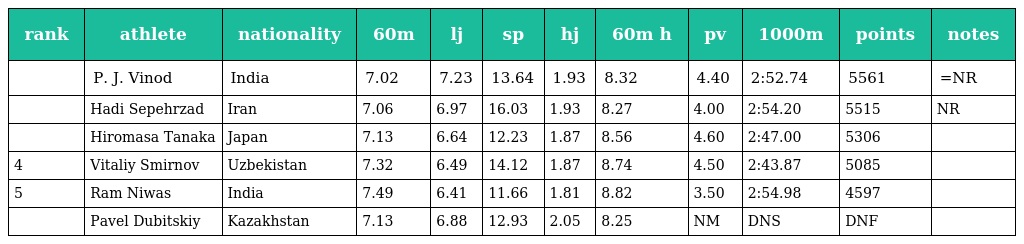
| rank | athlete | nationality | 60m | lj | sp | hj | 60m h | pv | 1000m | points | notes |
 | --- | --- | --- | --- | --- | --- | --- | --- | --- | --- | --- | --- |
 |  | P. J. Vinod | India | 7.02 | 7.23 | 13.64 | 1.93 | 8.32 | 4.40 | 2:52.74 | 5561 | =NR |
 |  | Hadi Sepehrzad | Iran | 7.06 | 6.97 | 16.03 | 1.93 | 8.27 | 4.00 | 2:54.20 | 5515 | NR |
 |  | Hiromasa Tanaka | Japan | 7.13 | 6.64 | 12.23 | 1.87 | 8.56 | 4.60 | 2:47.00 | 5306 |  |
 | 4 | Vitaliy Smirnov | Uzbekistan | 7.32 | 6.49 | 14.12 | 1.87 | 8.74 | 4.50 | 2:43.87 | 5085 |  |
 | 5 | Ram Niwas | India | 7.49 | 6.41 | 11.66 | 1.81 | 8.82 | 3.50 | 2:54.98 | 4597 |  |
 |  | Pavel Dubitskiy | Kazakhstan | 7.13 | 6.88 | 12.93 | 2.05 | 8.25 | NM | DNS | DNF |  |